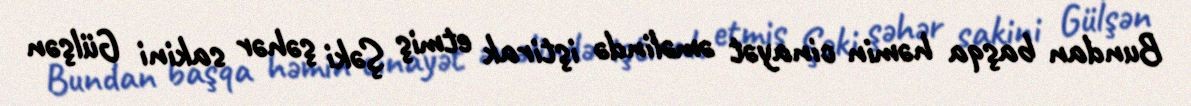
Bundan başqa həmin cinayət əməlində iştirak etmiş Şəki şəhər sakini Gülşən